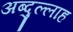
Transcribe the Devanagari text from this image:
अब्‍दुल्‍लाह